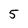
Character: 5